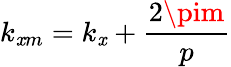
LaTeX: k_{\mathit{x}m}=k_{\mathit{x}}+\frac{{2\pim}}{{p}}